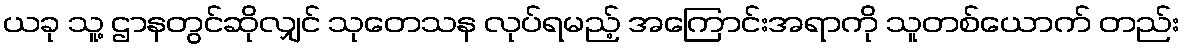
ယခု သူ့ ဌာနတွင်ဆိုလျှင် သုတေသန လုပ်ရမည့် အကြောင်းအရာကို သူတစ်ယောက် တည်း